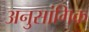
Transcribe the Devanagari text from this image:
अनुसांगिक